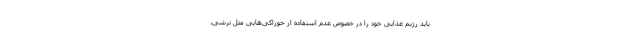
باید رژیم غذایی خود را در خصوص عدم استفاده از خوراکی‌هایی مثل ترشی،